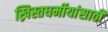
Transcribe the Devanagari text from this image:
ख्रिस्तधर्मीयांसाठी